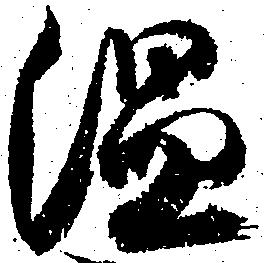
温